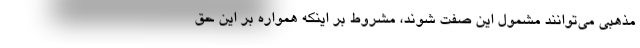
مذهبی می‌توانند مشمول این صفت شوند، مشروط بر اینکه همواره بر این حق